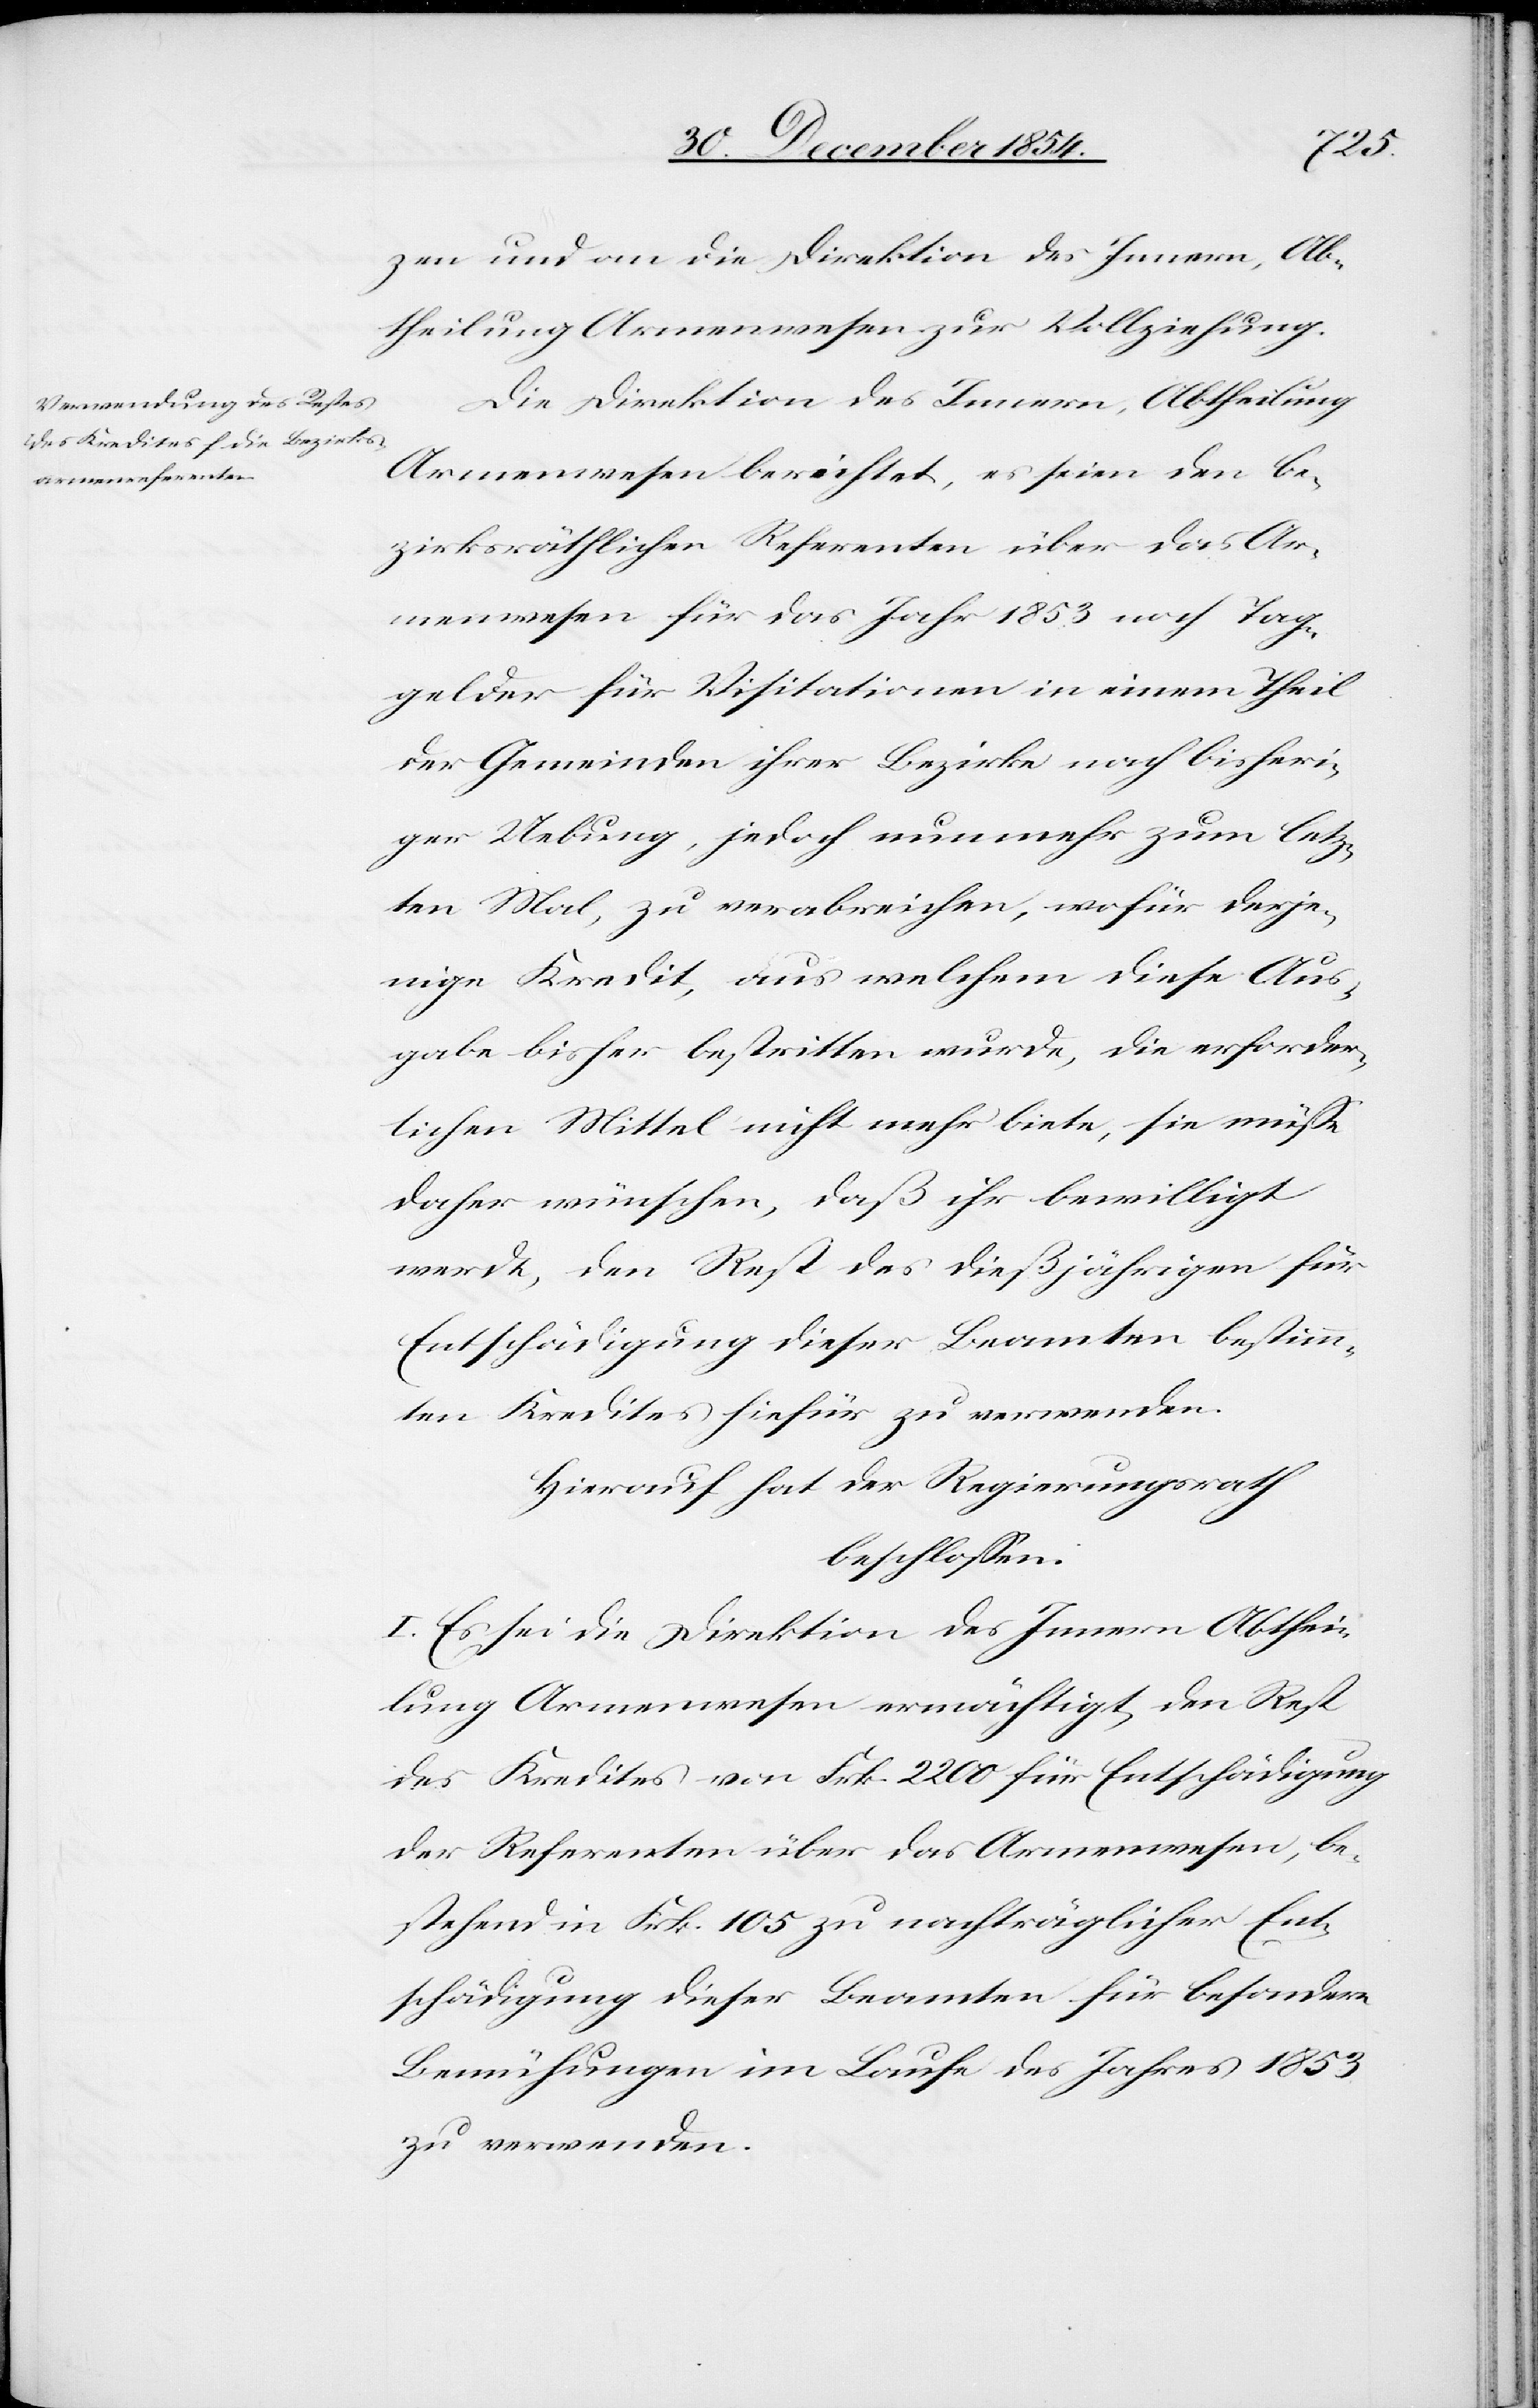
zen und an die Direktion des Innern, Ab¬
theilung Armenwesen zur Vollziehung.
Die Direktion des Innern, Abtheilung
Armenwesen berichtet, es seien den be¬
zirksräthlichen Referenten über das Ar¬
menwesen für das Jahr 1853 noch Tag¬
gelder für Visitationen in einem Theil
der Gemeinden ihrer Bezirke nach bisheri¬
ger Uebung, jedoch nunmehr zum letz¬
ten Mal, zu verabreichen, wofür derje¬
nige Kredit, aus welchem diese Aus¬
gabe bisher bestritten wurde, die erforder¬
lichen Mittel nicht mehr biete, sie müße
daher wünschen, daß ihr bewilligt
werde, den Rest des dießjährigen für
Entschädigung dieser Beamten bestimm¬
ten Kredites hiefür zu verwenden.
Hierauf hat der Regierungsrath
beschloßen:
I. Es sei die Direktion des Innern Abthei¬
lung Armenwesen ermächtigt, den Rest
des Kredites von Frk. 2200 für Entschädigung
der Referenten über das Armenwesen, be¬
stehend in Frk. 105 zu nachträglicher Ent¬
schädigung dieser Beamten für besondere
Bemühungen im Laufe des Jahres 1853
zu verwenden.